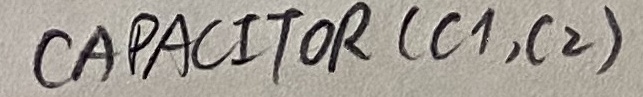
Text: CAPACITOR (C1, C2)